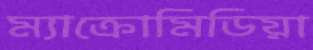
ম্যাক্রোমিডিয়া